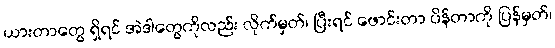
ယားတာတွေ ရှိရင် အဲဒါတွေကိုလည်း လိုက်မှတ်၊ ပြီးရင် ဖောင်းတာ ပိန်တာကို ပြန်မှတ်၊